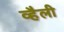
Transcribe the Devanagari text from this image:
व्हैली